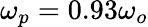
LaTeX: \omega_{p}=0.93\omega_{o}